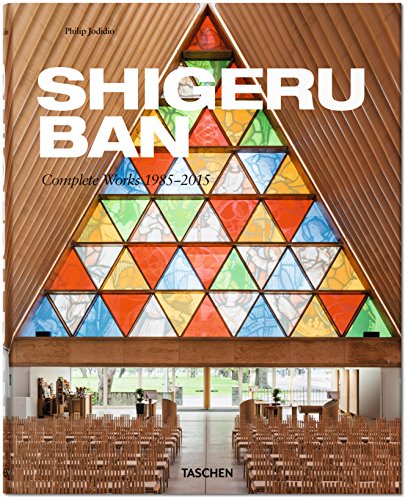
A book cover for Shigeru Ban: Updated version; Philip Jodidio; Arts & Photography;